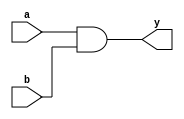
module andgate(input a,b,output y);
  assign y=a&b;
endmodule
module tb_andg;
  reg a,b;
  wire y;
  andgate tb_andg(.a(a),.b(b),.y(y));
  initial begin
    $dumpfile("dump.vcd");
    $dumpvars;
    a=1'b0;b=1'b0;
    #10;
    a=1'b0;b=1'b1;
    #10;
    a=1'b1;b=1'b0;
    #10;
    a=1'b1;b=1'b1;
    $finish;
  end
  always @(y)
    $display("At time %0t: a=%b,b=%b,y=%b",$time,a,b,y);
endmodule